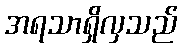
အရသာရှိလှသည်